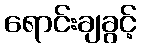
ရောင်းချခွင့်